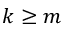
k \ge m